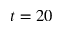
t = 2 0